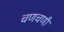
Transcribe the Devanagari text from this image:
चणचणी